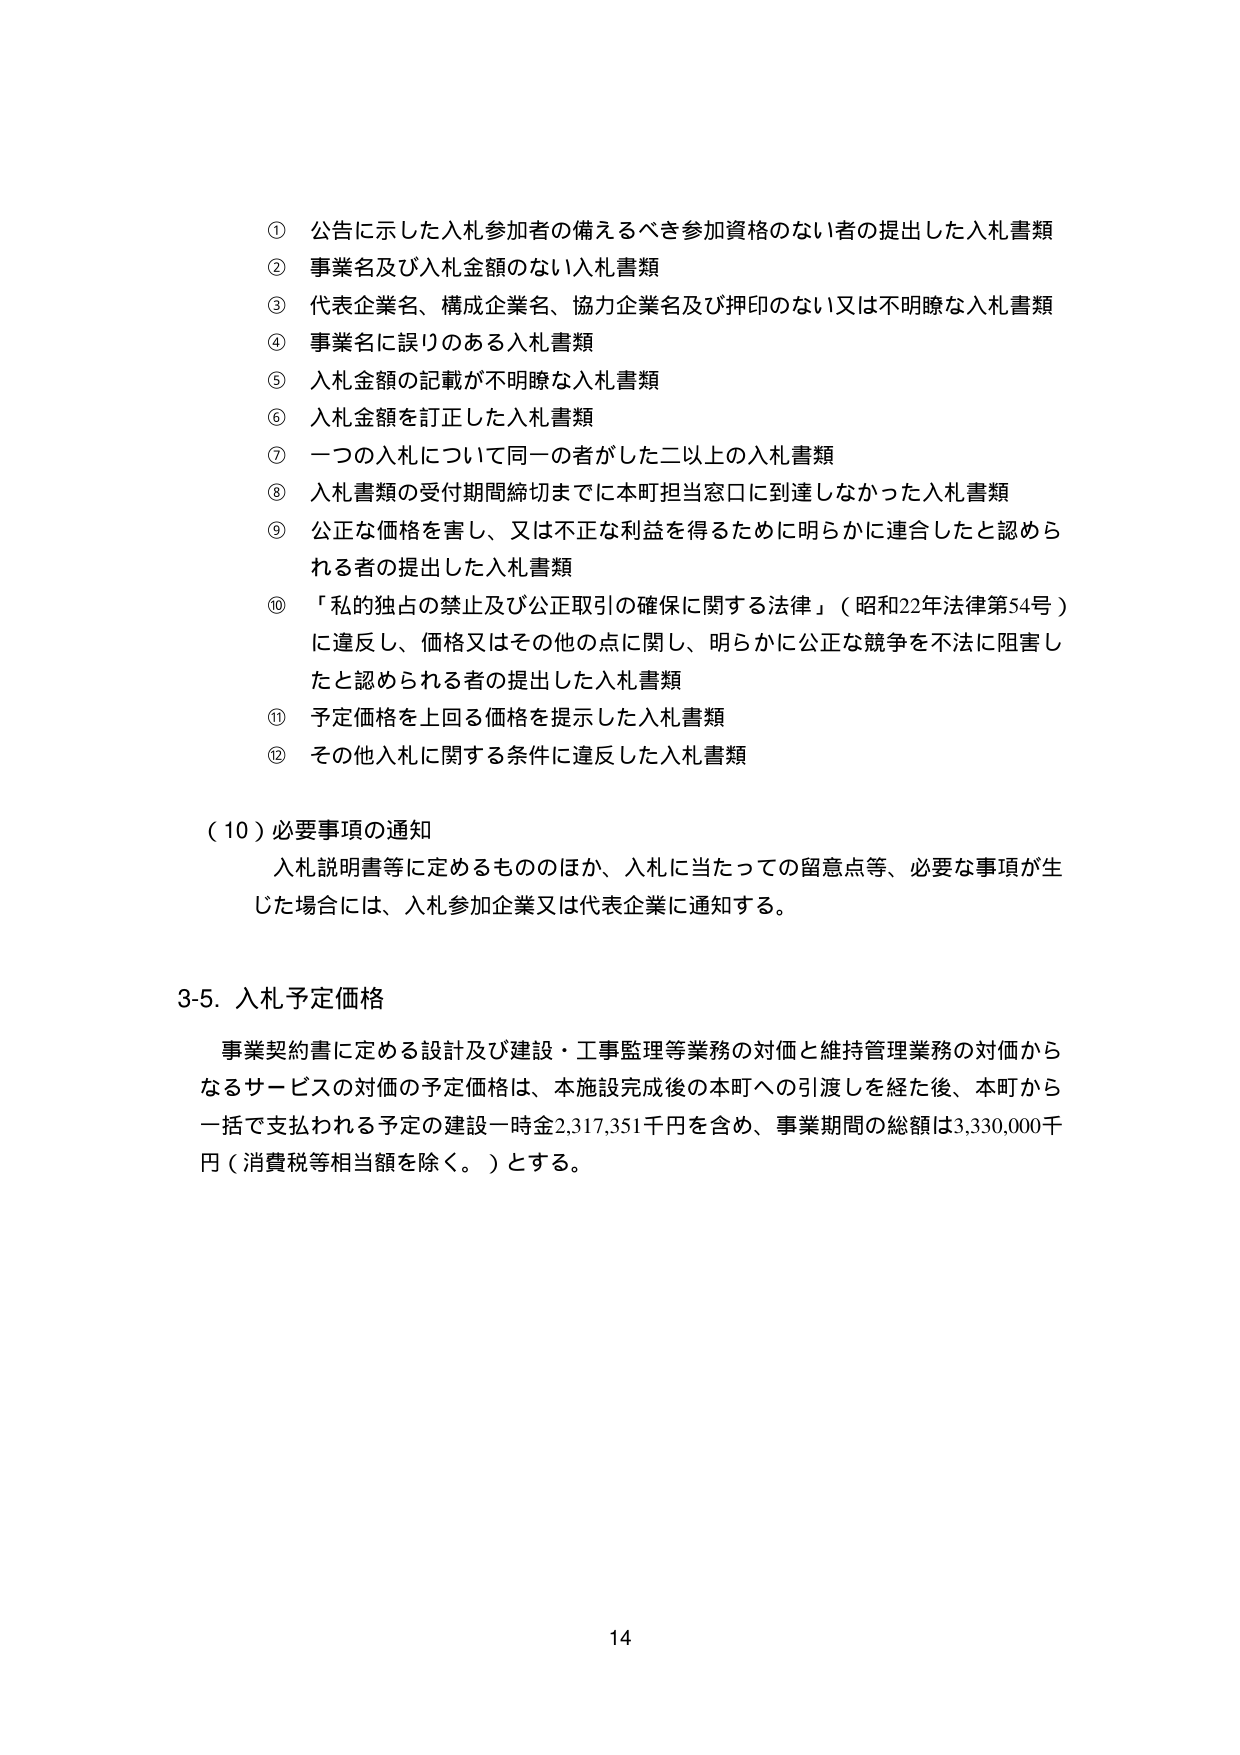
① 公告に示した入札参加者の備えるべき参加資格のない者の提出した入札書類
② 事業名及び入札金額のない入札書類
③ 代表企業名、構成企業名、協力企業名及び押印のない又は不明瞭な入札書類
④ 事業名に誤りのある入札書類
⑤ 入札金額の記載が不明瞭な入札書類
⑥ 入札金額を訂正した入札書類
⑦ 一つの入札について同一の者がした二以上の入札書類
⑧ 入札書類の受付期間締切までに本町担当窓口に到達しなかった入札書類
⑨ 公正な価格を害し、又は不正な利益を得るために明らかに連合したと認められる者の提出した入札書類
⑩ 「私的独占の禁止及び公正取引の確保に関する法律」（昭和22年法律第54号）に違反し、価格又はその他の点に関し、明らかに公正な競争を不法に阻害したと認められる者の提出した入札書類
⑪ 予定価格を上回る価格を提示した入札書類
⑫ その他入札に関する条件に違反した入札書類

（10）必要事項の通知
入札説明書等に定めるもののほか、入札に当たっての留意点等、必要な事項が生じた場合には、入札参加企業又は代表企業に通知する。

3-5. 入札予定価格
事業契約書に定める設計及び建設・工事監理等業務の対価と維持管理業務の対価からなるサービスの対価の予定価格は、本施設完成後の本町への引渡しを経た後、本町から一括で支払われる予定の建設一時金2,317,351千円を含め、事業期間の総額は3,330,000千円（消費税等相当額を除く。）とする。

14